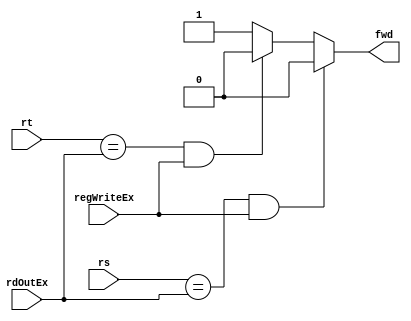
module forwardOperand(input [2:0] rs, input [2:0] rt, input [2:0] rdOutEx, input regWriteEx, output reg fwd);

always@(regWriteEx or rs or rt or rdOutEx)
begin

    fwd=1'b1;


    if (rs==rdOutEx && regWriteEx==1'b1) begin fwd=1'b0; end

    else if (rt==rdOutEx && regWriteEx==1'b1) begin fwd=1'b0; end

end
endmodule